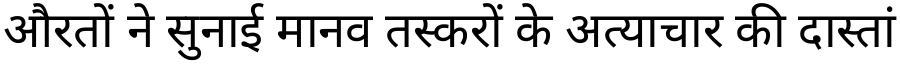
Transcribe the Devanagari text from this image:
औरतों ने सुनाई मानव तस्करों के अत्याचार की दास्तां